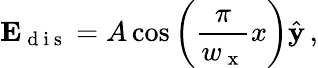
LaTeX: \mathbf{E}_{\mathrm{~d~i~s~}}=A\cos\left(\frac{\pi}{w_{\mathrm{~x~}}}x\right)\hat{\mathbf{y}}\, ,